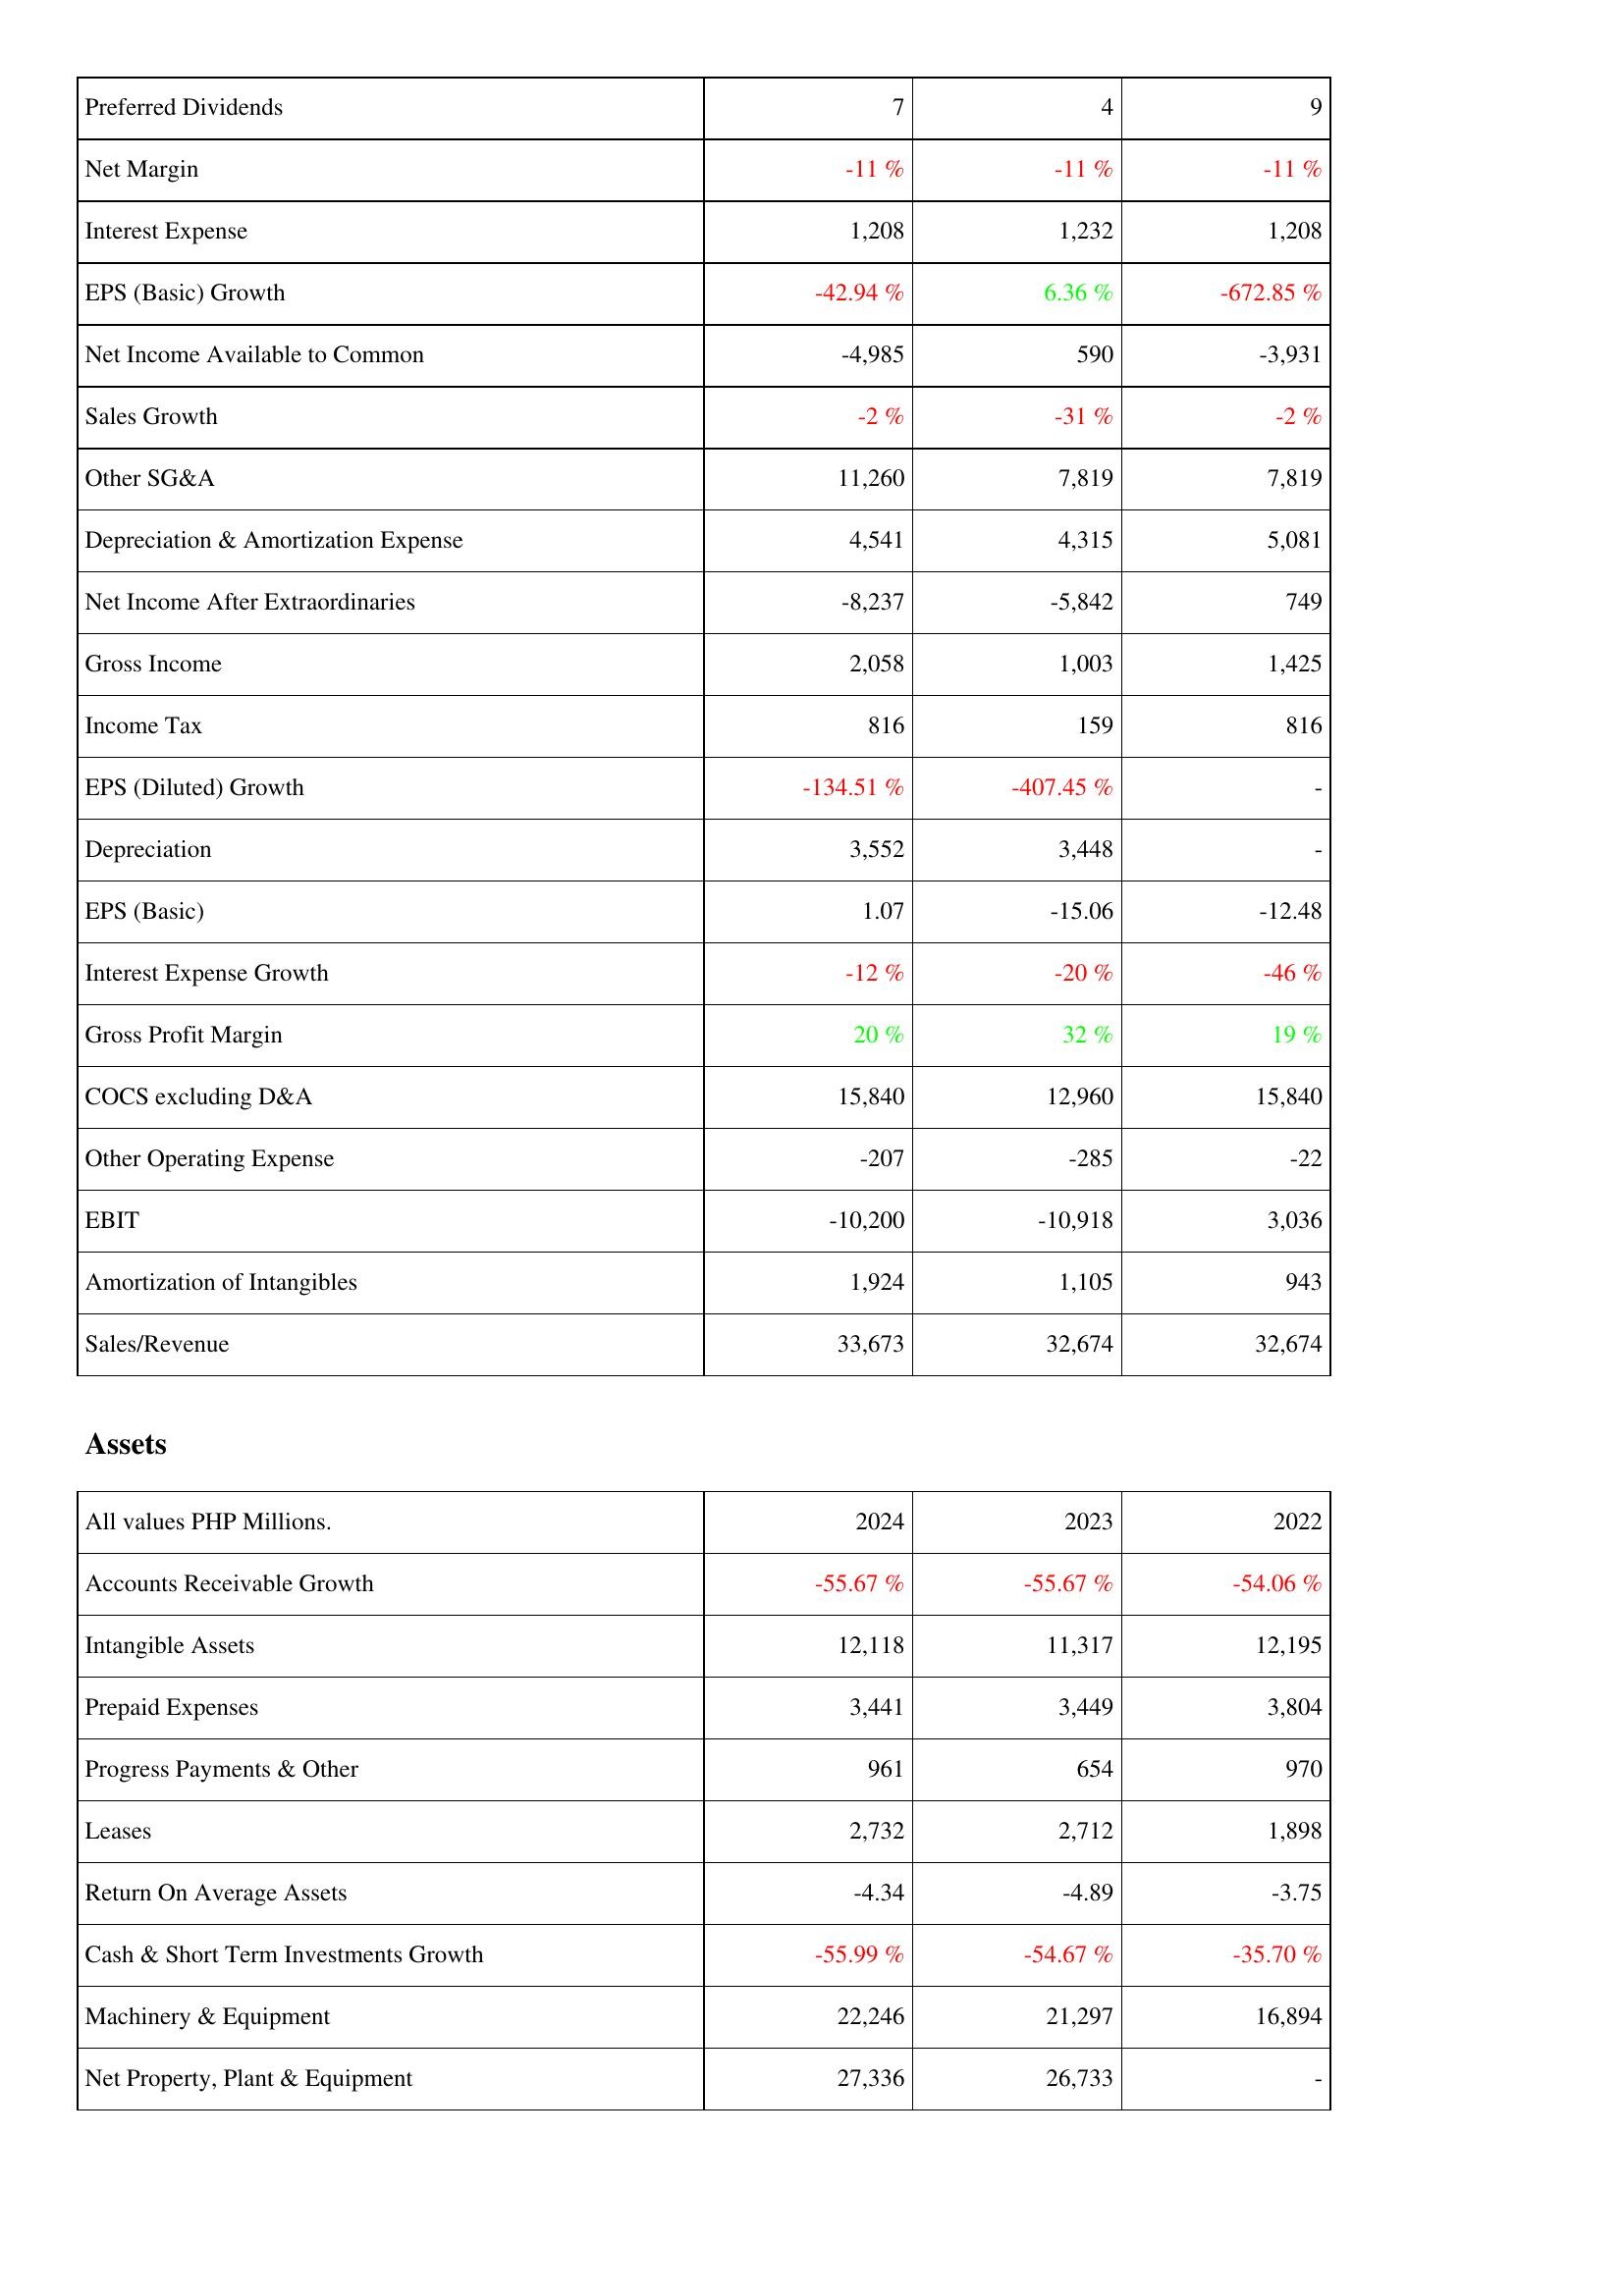
2024: Income Statement: Preferred Dividends: 7
Net Margin: -11 %
Interest Expense: 1,208
EPS (Basic) Growth: -42.94 %
Net Income Available to Common: -4,985
Sales Growth: -2 %
Other SG&A: 11,260
Depreciation & Amortization Expense: 4,541
Net Income After Extraordinaries: -8,237
Gross Income: 2,058
Income Tax: 816
EPS (Diluted) Growth: -134.51 %
Depreciation: 3,552
EPS (Basic): 1.07
Interest Expense Growth: -12 %
Gross Profit Margin: 20 %
COCS excluding D&A: 15,840
Other Operating Expense: -207
EBIT: -10,200
Amortization of Intangibles: 1,924
Sales/Revenue: 33,673
Assets: Accounts Receivable Growth: -55.67 %
Intangible Assets: 12,118
Prepaid Expenses: 3,441
Progress Payments & Other: 961
Leases: 2,732
Return On Average Assets: -4.34
Cash & Short Term Investments Growth: -55.99 %
Machinery & Equipment: 22,246
Net Property, Plant & Equipment: 27,336
2023: Income Statement: Preferred Dividends: 4
Net Margin: -11 %
Interest Expense: 1,232
EPS (Basic) Growth: 6.36 %
Net Income Available to Common: 590
Sales Growth: -31 %
Other SG&A: 7,819
Depreciation & Amortization Expense: 4,315
Net Income After Extraordinaries: -5,842
Gross Income: 1,003
Income Tax: 159
EPS (Diluted) Growth: -407.45 %
Depreciation: 3,448
EPS (Basic): -15.06
Interest Expense Growth: -20 %
Gross Profit Margin: 32 %
COCS excluding D&A: 12,960
Other Operating Expense: -285
EBIT: -10,918
Amortization of Intangibles: 1,105
Sales/Revenue: 32,674
Assets: Accounts Receivable Growth: -55.67 %
Intangible Assets: 11,317
Prepaid Expenses: 3,449
Progress Payments & Other: 654
Leases: 2,712
Return On Average Assets: -4.89
Cash & Short Term Investments Growth: -54.67 %
Machinery & Equipment: 21,297
Net Property, Plant & Equipment: 26,733
2022: Income Statement: Preferred Dividends: 9
Net Margin: -11 %
Interest Expense: 1,208
EPS (Basic) Growth: -672.85 %
Net Income Available to Common: -3,931
Sales Growth: -2 %
Other SG&A: 7,819
Depreciation & Amortization Expense: 5,081
Net Income After Extraordinaries: 749
Gross Income: 1,425
Income Tax: 816
EPS (Diluted) Growth: -
Depreciation: -
EPS (Basic): -12.48
Interest Expense Growth: -46 %
Gross Profit Margin: 19 %
COCS excluding D&A: 15,840
Other Operating Expense: -22
EBIT: 3,036
Amortization of Intangibles: 943
Sales/Revenue: 32,674
Assets: Accounts Receivable Growth: -54.06 %
Intangible Assets: 12,195
Prepaid Expenses: 3,804
Progress Payments & Other: 970
Leases: 1,898
Return On Average Assets: -3.75
Cash & Short Term Investments Growth: -35.70 %
Machinery & Equipment: 16,894
Net Property, Plant & Equipment: -